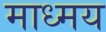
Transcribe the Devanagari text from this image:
माध्मय